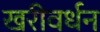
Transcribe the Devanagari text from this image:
खरीवर्धन